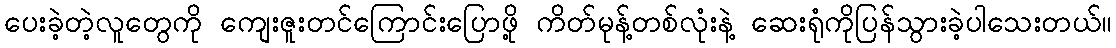
ပေးခဲ့တဲ့လူတွေကို ကျေးဇူးတင်ကြောင်းပြောဖို့ ကိတ်မုန့်တစ်လုံးနဲ့ ဆေးရုံကိုပြန်သွားခဲ့ပါသေးတယ်။